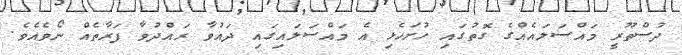
ދުސްތޫރީ މައްސަލައެއްގެ ގޮތުގައި ހުށަހެޅި އެ މައްސަލައިގައި ދައުވާ ރައްދުވާ ފަރާތެއް ނޯވެއެވެ.